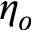
\eta _ { o }